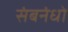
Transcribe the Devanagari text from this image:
संबनंधो